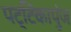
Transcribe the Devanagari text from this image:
पट्टिकापुंज